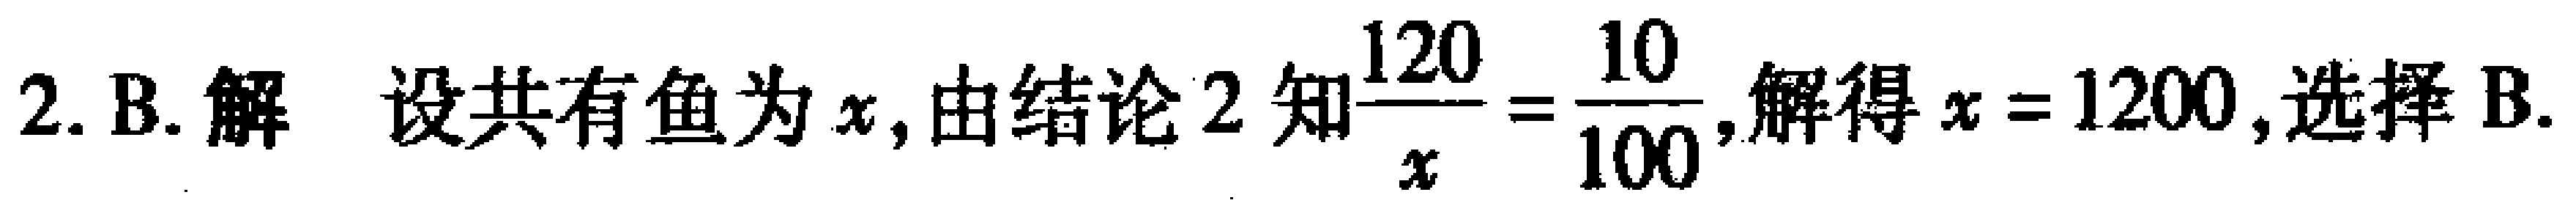
2. B. 解 设共有鱼为\(x\)，由结论2知\(\frac{120}{x}=\frac{10}{100}\)，解得\(x = 1200\)，选择B.